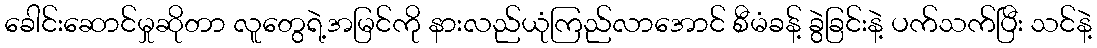
ခေါင်းဆောင်မှုဆိုတာ လူတွေရဲ့အမြင်ကို နားလည်ယုံကြည်လာအောင် စီမံခန့် ခွဲခြင်းနဲ့ ပက်သက်ပြီး သင်နဲ့